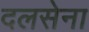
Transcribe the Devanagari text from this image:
दलसेना